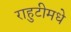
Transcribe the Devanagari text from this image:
राहुटीमधे